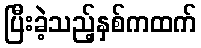
ပြီးခဲ့သည့်နှစ်ကထက်